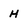
Character: H